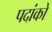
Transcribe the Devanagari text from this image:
पदांकों